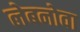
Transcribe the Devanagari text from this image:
लेबनोवा